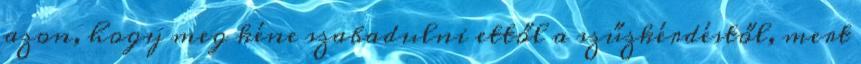
azon, hogy meg kéne szabadulni ettől a szűzkérdéstől, mert